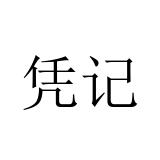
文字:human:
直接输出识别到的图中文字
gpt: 凭记